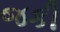
જકી